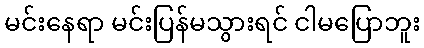
မင်းနေရာ မင်းပြန်မသွားရင် ငါမပြောဘူး